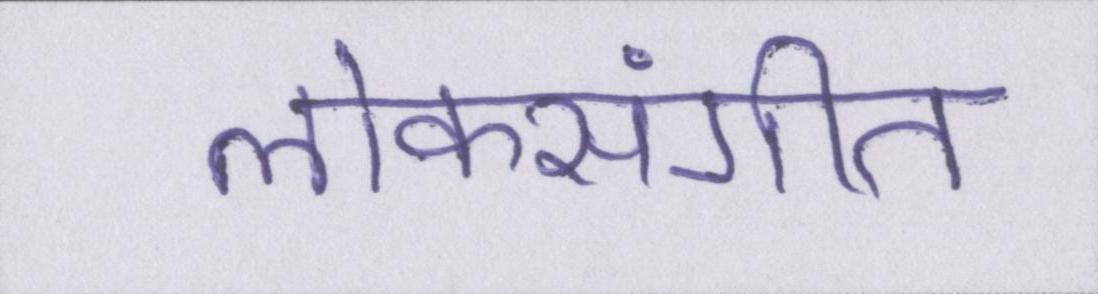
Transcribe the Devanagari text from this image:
लोकसंगीत